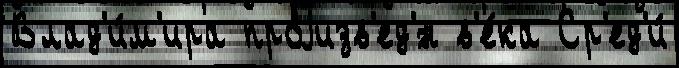
Влад'и́м'ира проjизв'ед'́н в'е́ка Ср'ед'и́